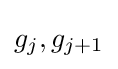
g_{j},g_{j+1}